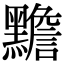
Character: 黵